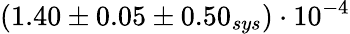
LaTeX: (1.40\pm 0.05\pm 0.50_{sys})\cdot 10^{-4}